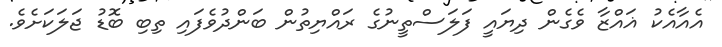
އެއާއެކު ޣައްޒާ ވެގެން ދިޔައީ ފަލަސްތީނުގެ ރައްޔިތުން ބަންދުވެފައި ތިބި ބޮޑު ޖަލަކަށެވެ.